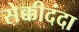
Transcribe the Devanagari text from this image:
सेक्कीदंदा